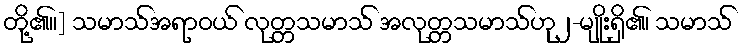
တို့၏။] သမာသ်အရာဝယ် လုတ္တသမာသ် အလုတ္တသမာသ်ဟု၂-မျိုးရှိ၏၊ သမာသ်